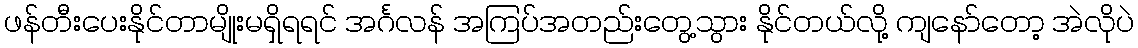
ဖန်တီးပေးနိုင်တာမျိုးမရှိရရင် အင်္ဂလန် အကြပ်အတည်းတွေ့သွား နိုင်တယ်လို့ ကျနော်တော့ အဲလိုပဲ